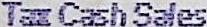
TAX CASH SALES